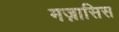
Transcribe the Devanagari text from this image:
मज़ासिस